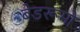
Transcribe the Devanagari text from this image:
बेडरूमों